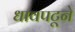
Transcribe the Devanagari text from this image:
धावपटूने